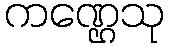
ကဏ္ဌေသု